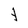
Character: t